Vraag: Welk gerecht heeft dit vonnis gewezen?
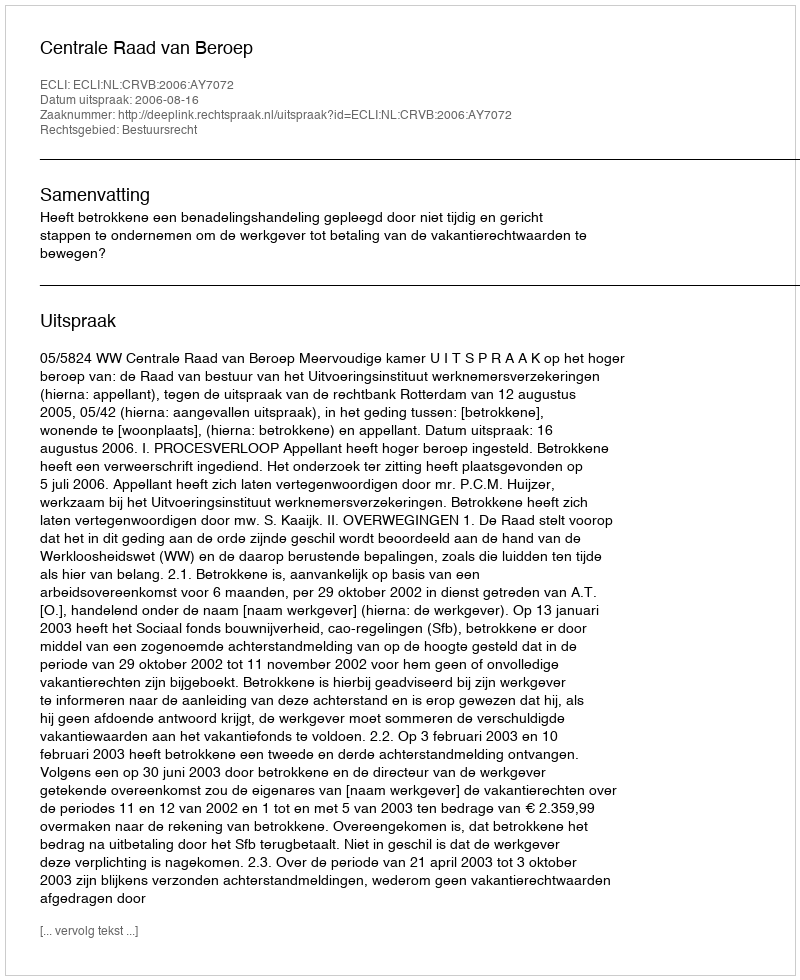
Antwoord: Centrale Raad van Beroep